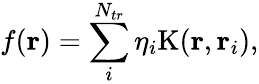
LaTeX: f(\mathbf{r})=\sum_{i}^{N_{tr}}\eta_{i}\mathrm{K}(\mathbf{r},\mathbf{r}_{i}),